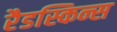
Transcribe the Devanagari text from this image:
रैडस्किन्स